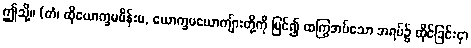
ဤသို့။ (တံ၊ ထိုယောက္ခမမိန်းမ, ယောက္ခမယောကျ်ားတို့ကို မြင်၍ ထကြွအပ်သော အရပ်၌ ထိုင်ခြင်းငှာ